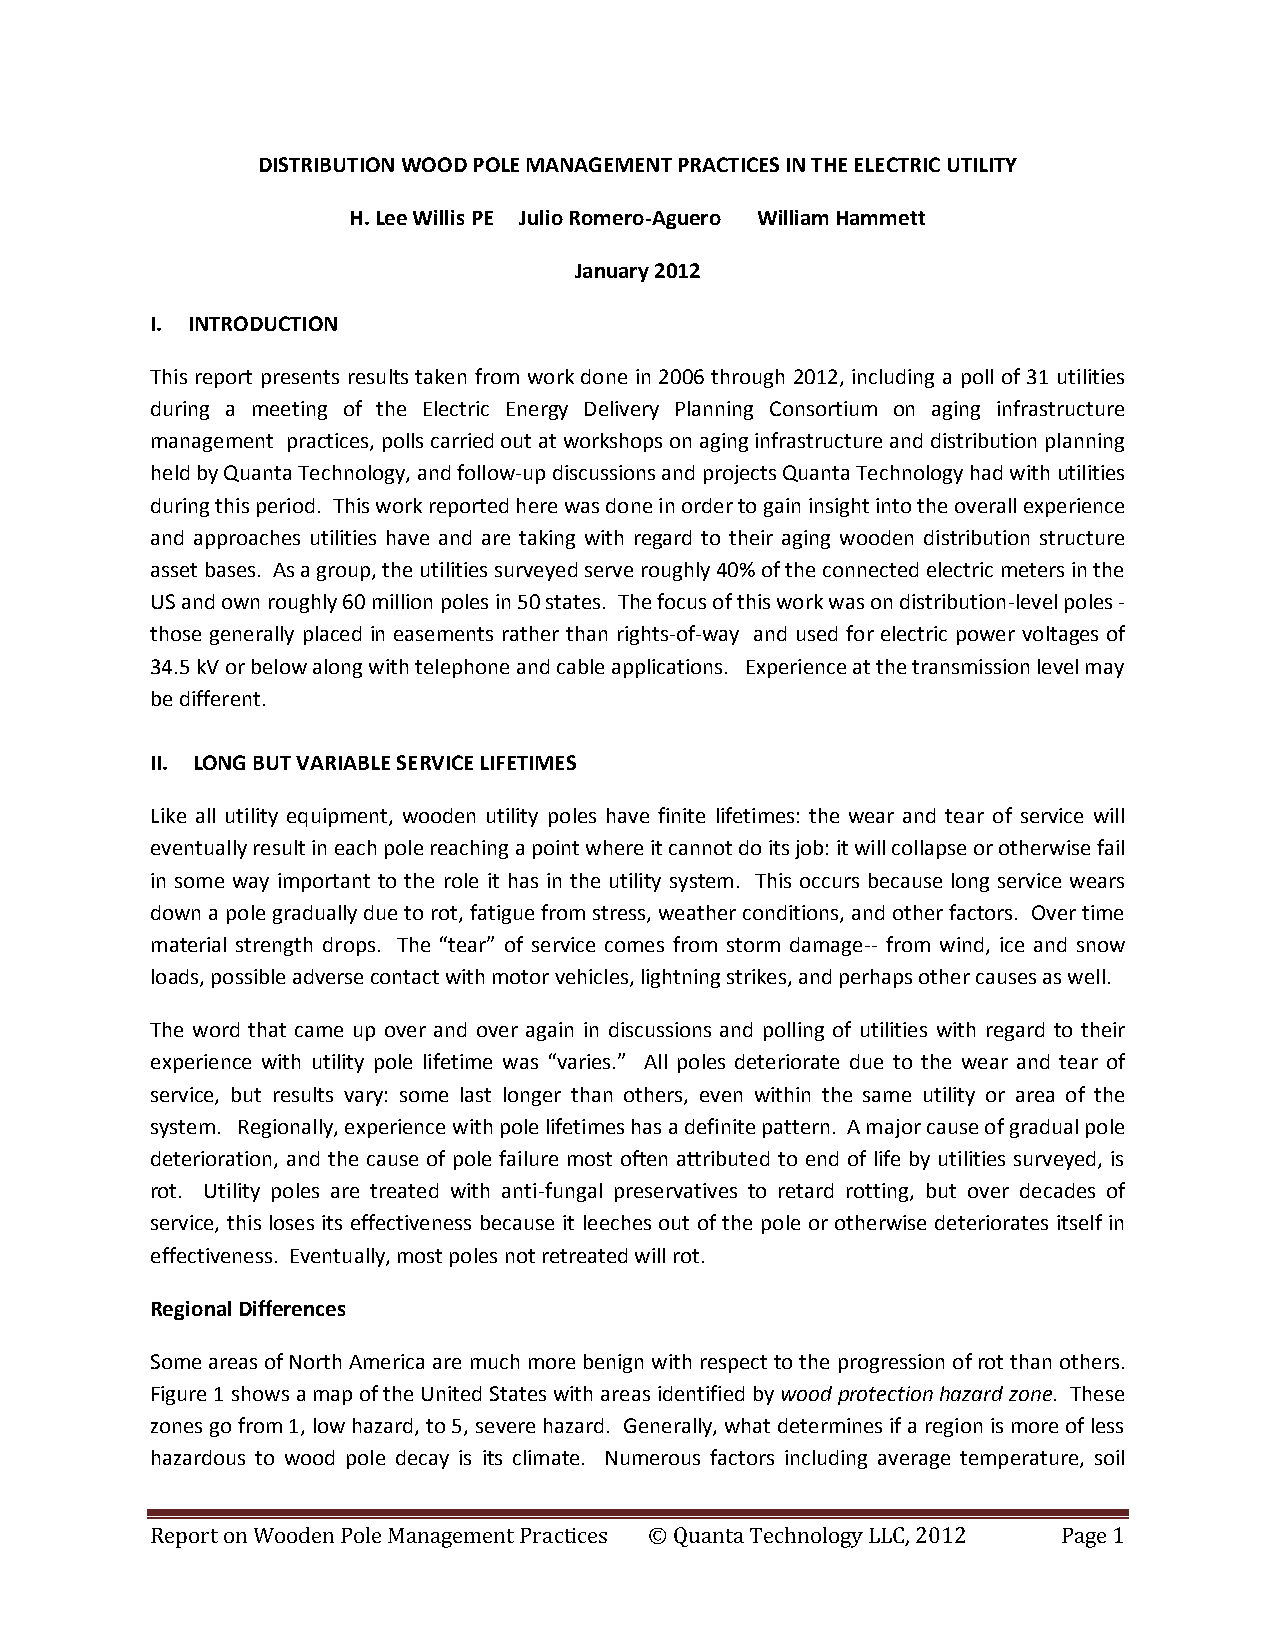
DISTRIBUTION WOOD POLE MANAGEMENT PRACTICES IN THE ELECTRIC UTILITY
 H. Lee Willis PE Julio Romero-Aguero William Hammett
 January 2012
 I. INTRODUCTION
 This report presents results taken from work done in 2006 through 2012, including a poll of 31 utilities
 during a meeting of the Electric Energy Delivery Planning Consortium on aging infrastructure
 management practices, polls carried out at workshops on aging infrastructure and distribution planning
 held by Quanta Technology, and follow-up discussions and projects Quanta Technology had with utilities
 during this period. This work reported here was done in order to gain insight into the overall experience
 and approaches utilities have and are taking with regard to their aging wooden distribution structure
 asset bases. As a group, the utilities surveyed serve roughly 40% of the connected electric meters in the
 US and own roughly 60 million poles in 50 states. The focus of this work was on distribution-level poles -
 those generally placed in easements rather than rights-of-way and used for electric power voltages of
 34.5 kV or below along with telephone and cable applications. Experience at the transmission level may
 be different.
 II. LONG BUT VARIABLE SERVICE LIFETIMES
 Like all utility equipment, wooden utility poles have finite lifetimes: the wear and tear of service will
 eventually result in each pole reaching a point where it cannot do its job: it will collapse or otherwise fail
 in some way important to the role it has in the utility system. This occurs because long service wears
 down a pole gradually due to rot, fatigue from stress, weather conditions, and other factors. Over time
 material strength drops. The “tear” of service comes from storm damage-- from wind, ice and snow
 loads, possible adverse contact with motor vehicles, lightning strikes, and perhaps other causes as well.
 The word that came up over and over again in discussions and polling of utilities with regard to their
 experience with utility pole lifetime was “varies.” All poles deteriorate due to the wear and tear of
 service, but results vary: some last longer than others, even within the same utility or area of the
 system. Regionally, experience with pole lifetimes has a definite pattern. A major cause of gradual pole
 deterioration, and the cause of pole failure most often attributed to end of life by utilities surveyed, is
 rot. Utility poles are treated with anti-fungal preservatives to retard rotting, but over decades of
 service, this loses its effectiveness because it leeches out of the pole or otherwise deteriorates itself in
 effectiveness. Eventually, most poles not retreated will rot.
 Regional Differences
 Some areas of North America are much more benign with respect to the progression of rot than others.
 Figure 1 shows a map of the United States with areas identified by wood protection hazard zone. These
 zones go from 1, low hazard, to 5, severe hazard. Generally, what determines if a region is more of less
 hazardous to wood pole decay is its climate. Numerous factors including average temperature, soil
 Report on Wooden Pole Management Practices © Quanta Technology LLC, 2012 Page 1